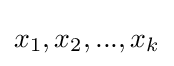
x_{1},x_{2},...,x_{k}